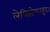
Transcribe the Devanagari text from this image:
लेपिडोफाइटा